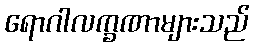
ရောဂါလက္ခဏာများသည်